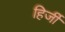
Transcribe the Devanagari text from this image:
हिर्जी